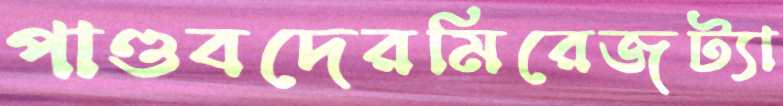
পাণ্ডবদেরমিরেজট্যা